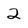
Character: 2